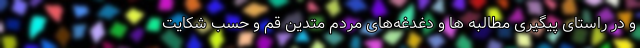
و در راستای پیگیری مطالبه ها و دغدغه‌های مردم متدین قم و حسب شکایت